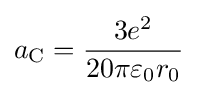
a_{\text{C}}={\frac {3e^{2}}{20\pi \varepsilon _{0}r_{0}}}